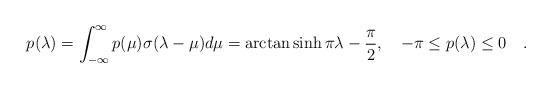
LaTeX: \begin{align*}p(\lambda)=\int_{-\infty}^{\infty}p(\mu)\sigma(\lambda -\mu)d\mu=\arctan \sinh \pi \lambda -\frac{\pi}{2},\quad -\pi\leq p(\lambda) \leq 0\quad .\end{align*}